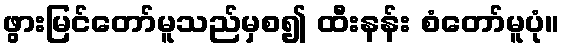
ဖွားမြင်တော်မူသည်မှစ၍ ထီးနန်း စံတော်မူပုံ။